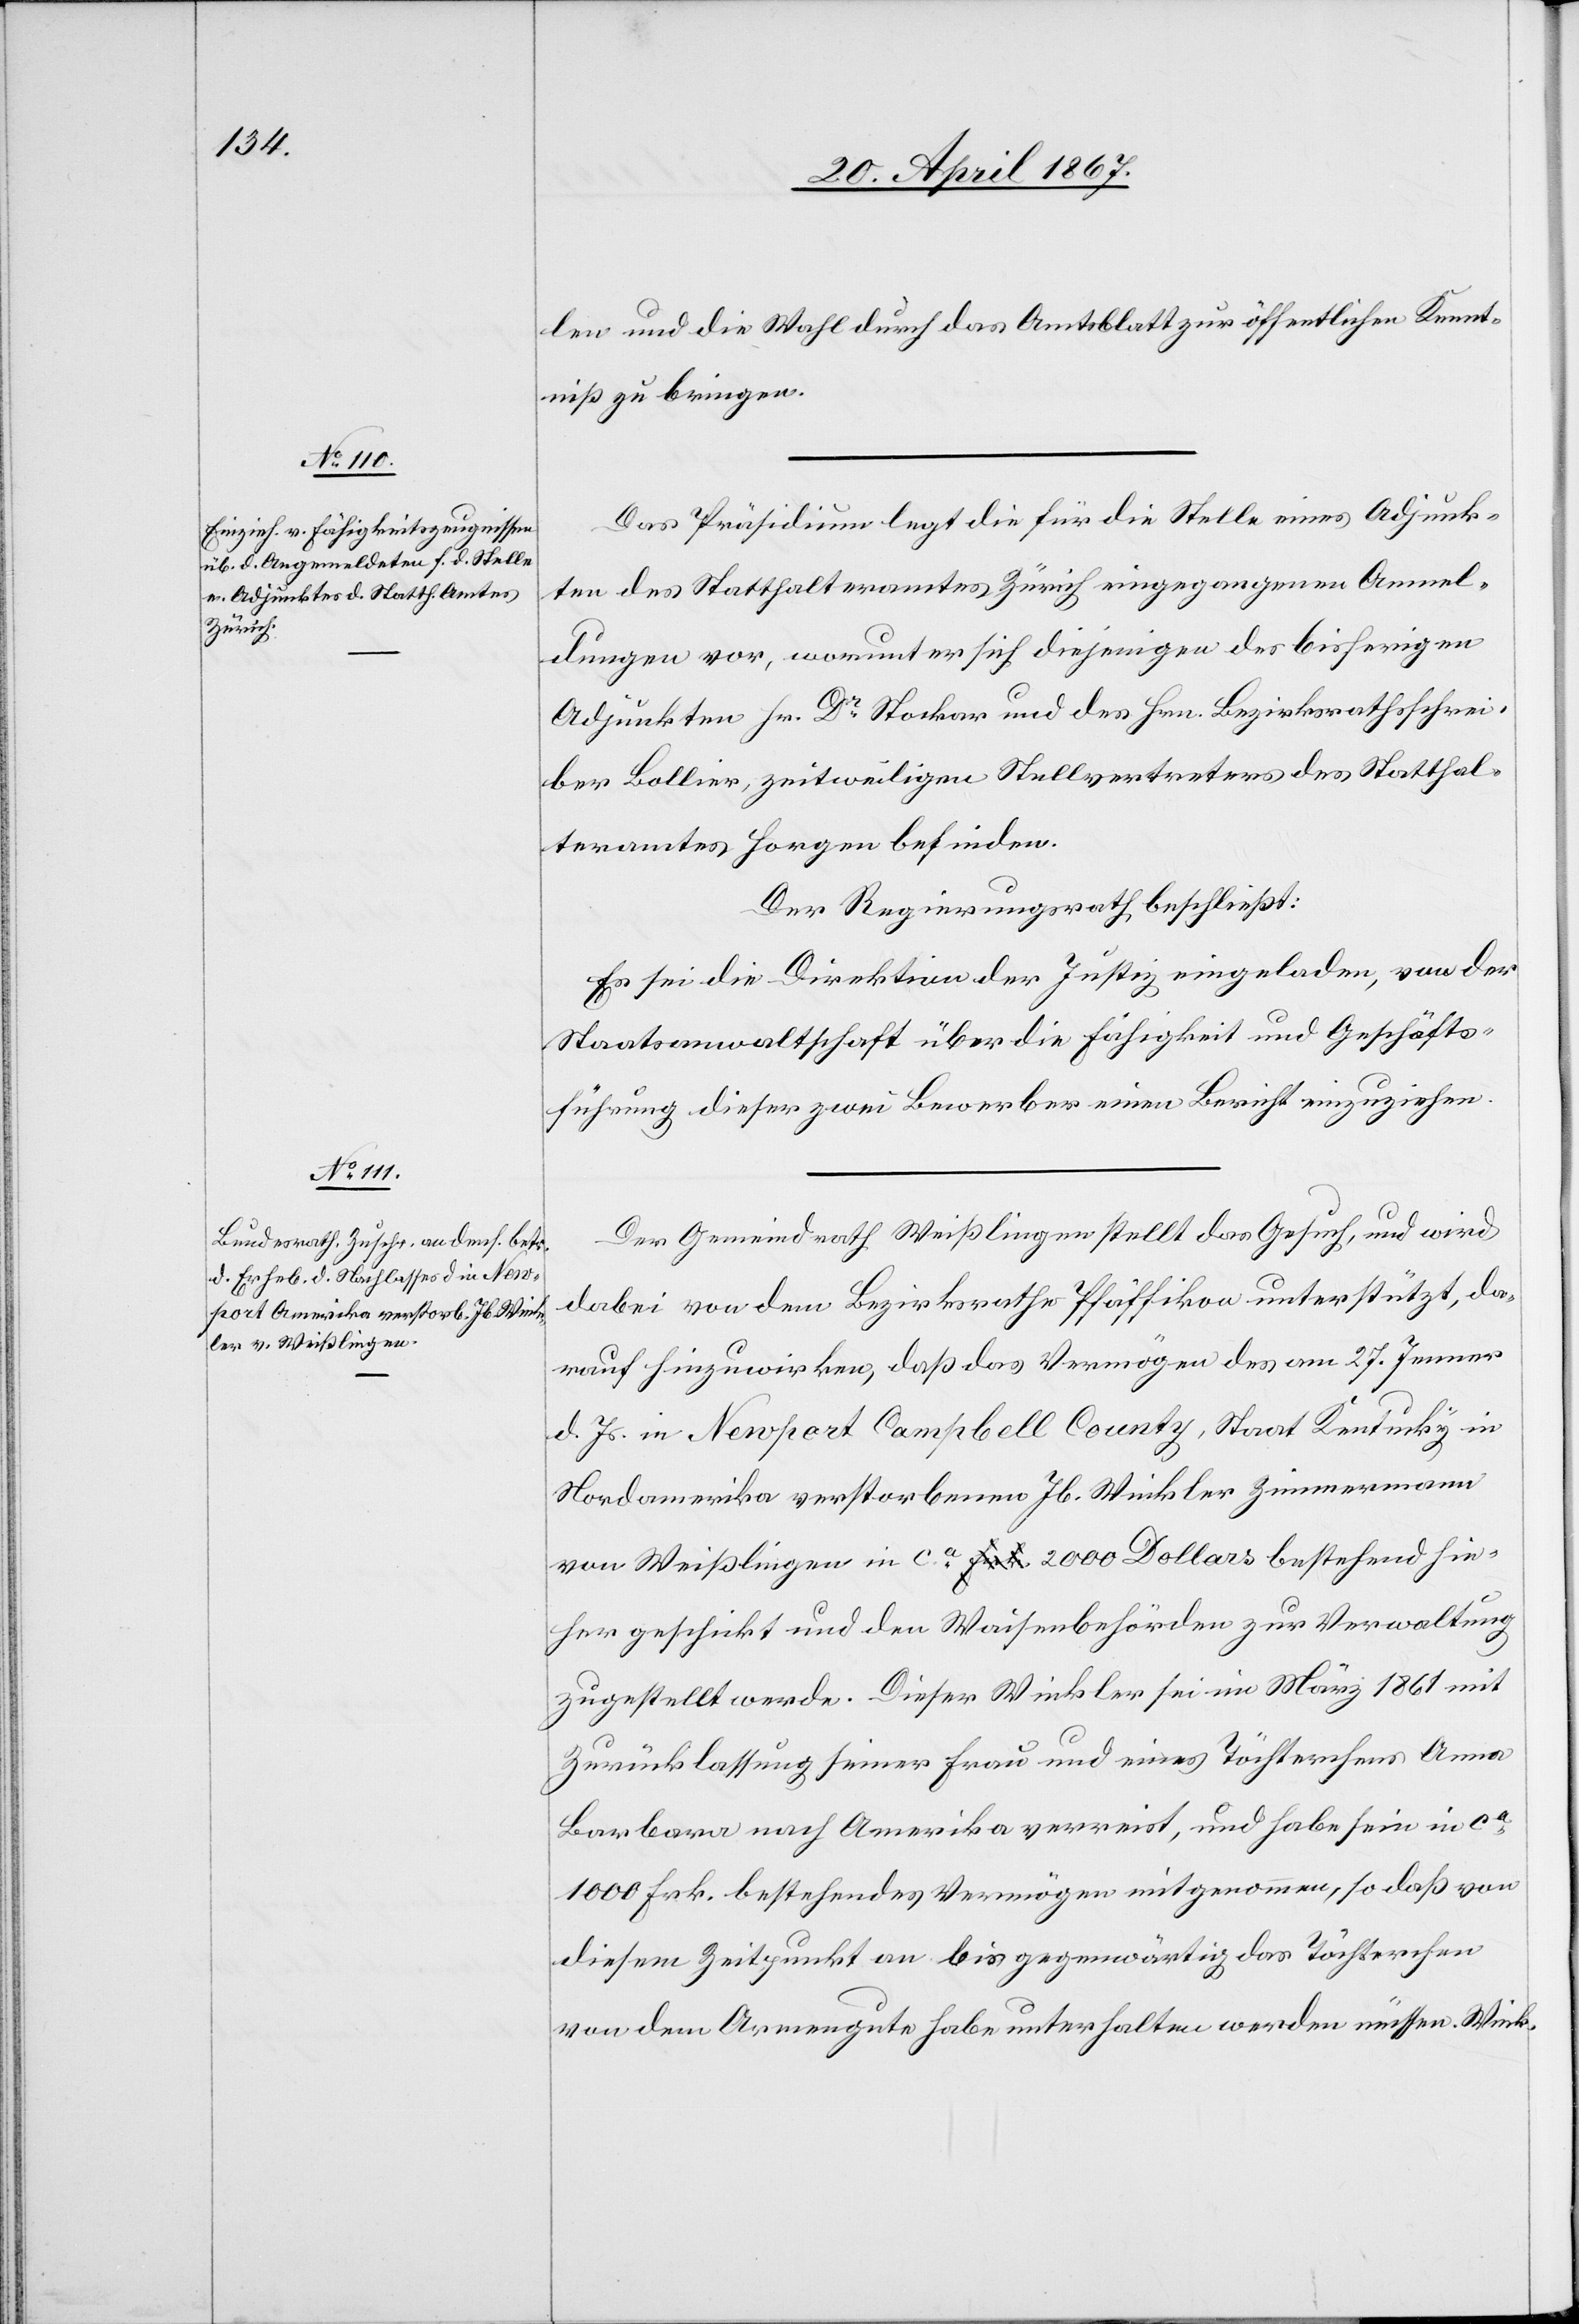
len und die Wahl durch das Amtsblatt zur öffentlichen Kennt¬
niß zu bringen.
Das Präsidium legt die für die Stelle eines Adjunk¬
ten des Statthalteramtes Zürich eingegangenen Anmel¬
dungen vor, worunter sich diejenigen des bisherigen
Adjunkten Hr. Dr. Stockar und des Hrn. Bezirksrathsschrei¬
ber Bollier, zeitweiligen Stellvertreters des Statthal¬
teramtes Horgen befinden.
Der Regierungsrath beschließt:
Es sei die Direktion der Justiz eingeladen, von der
Staatsanwaltschaft über die Fähigkeit und Geschäfts¬
führung dieser zwei Bewerber einen Bericht einzuziehen.
Der Gemeinderath Weißlingen stellt das Gesuch, und wird
dabei von dem Bezirksrathe Pfäffikon unterstützt, da¬
rauf hinzuwirken, daß das Vermögen des am 27. Jenner
d. Js. in Newport Campbell County, Staat Kentucky in
Nordamerika verstorbenen Jb. Winkler Zimmermann
von Weißlingen in ca. 2000 Dollars bestehend hie¬
her geschickt und den Waisenbehörden zur Verwaltung
zugestellt werde. Dieser Winkler sei im März 1861 mit
Zurücklassung seiner Frau und eines Töchterchens Anna
Barbara nach Amerika verreist, und habe sein in ca.
1000 Frk. bestehendes Vermögen mitgenommen, so daß von
diesem Zeitpunkt an bis gegenwärtig das Töchterchen
von dem Armengute habe unterhalten werden müssen. Wink-